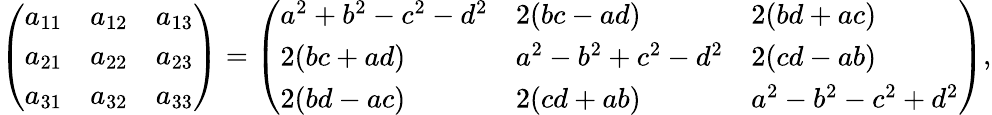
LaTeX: {\left(\begin{array}{lll}{a_{11}}&{a_{12}}&{a_{13}}\\ {a_{21}}&{a_{22}}&{a_{23}}\\ {a_{31}}&{a_{32}}&{a_{33}}\end{array}\right)}={\left(\begin{array}{lll}{a^{2}+b^{2}-c^{2}-d^{2}}&{2(bc-ad)}&{2(bd+ac)}\\ {2(bc+ad)}&{a^{2}-b^{2}+c^{2}-d^{2}}&{2(cd-ab)}\\ {2(bd-ac)}&{2(cd+ab)}&{a^{2}-b^{2}-c^{2}+d^{2}}\end{array}\right)},